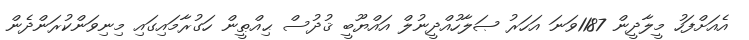
އެއަށްފަހު މީލާދީން 1187ވަނަ އަހަރު ޞަލާހުއްދީނުލް އައްޔޫބީ ޤުދުސް ޙިއްޠީން ހަގުރާމައިގައި މިނިވަންކުރަންދެން